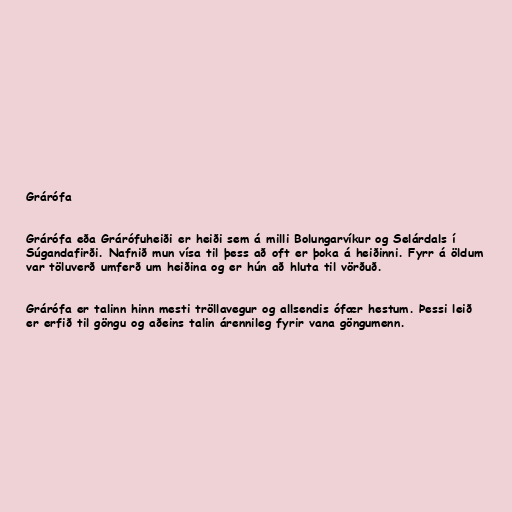
Grárófa

Grárófa eða Grárófuheiði er heiði sem á milli Bolungarvíkur og Selárdals í
Súgandafirði. Nafnið mun vísa til þess að oft er þoka á heiðinni. Fyrr á öldum
var töluverð umferð um heiðina og er hún að hluta til vörðuð.

Grárófa er talinn hinn mesti tröllavegur og allsendis ófær hestum. Þessi leið
er erfið til göngu og aðeins talin árennileg fyrir vana göngumenn.